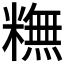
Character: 𥼣